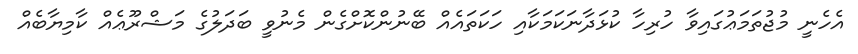
އެހެނީ މުޖުތަމަޢުގައިވާ ހުރިހާ ކުޅަދާނަކަމަކާއި ހަކަތައެއް ބޭނުންކޮށްގެން މެނުވީ ބަދަލުގެ މަޝްރޫޢެއް ކާމިޔާބެއް